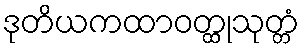
ဒုတိယကထာဝတ္ထုသုတ္တံ